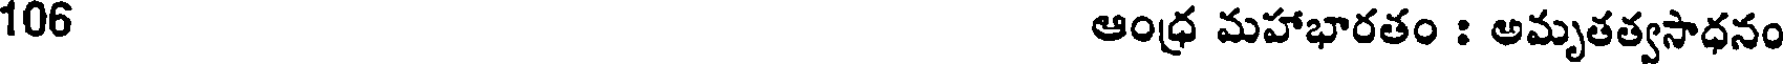
106 ఆంధ్ర మహాభారతం : అమృతత్వసాధనం